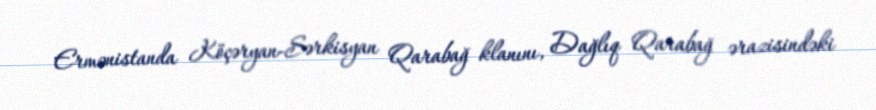
Ermənistanda Köçəryan-Sərkisyan Qarabağ klanını, Dağlıq Qarabağ ərazisindəki